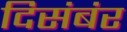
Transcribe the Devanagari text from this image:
दिसंबंर